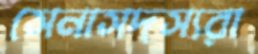
সেনাসদস্যরা